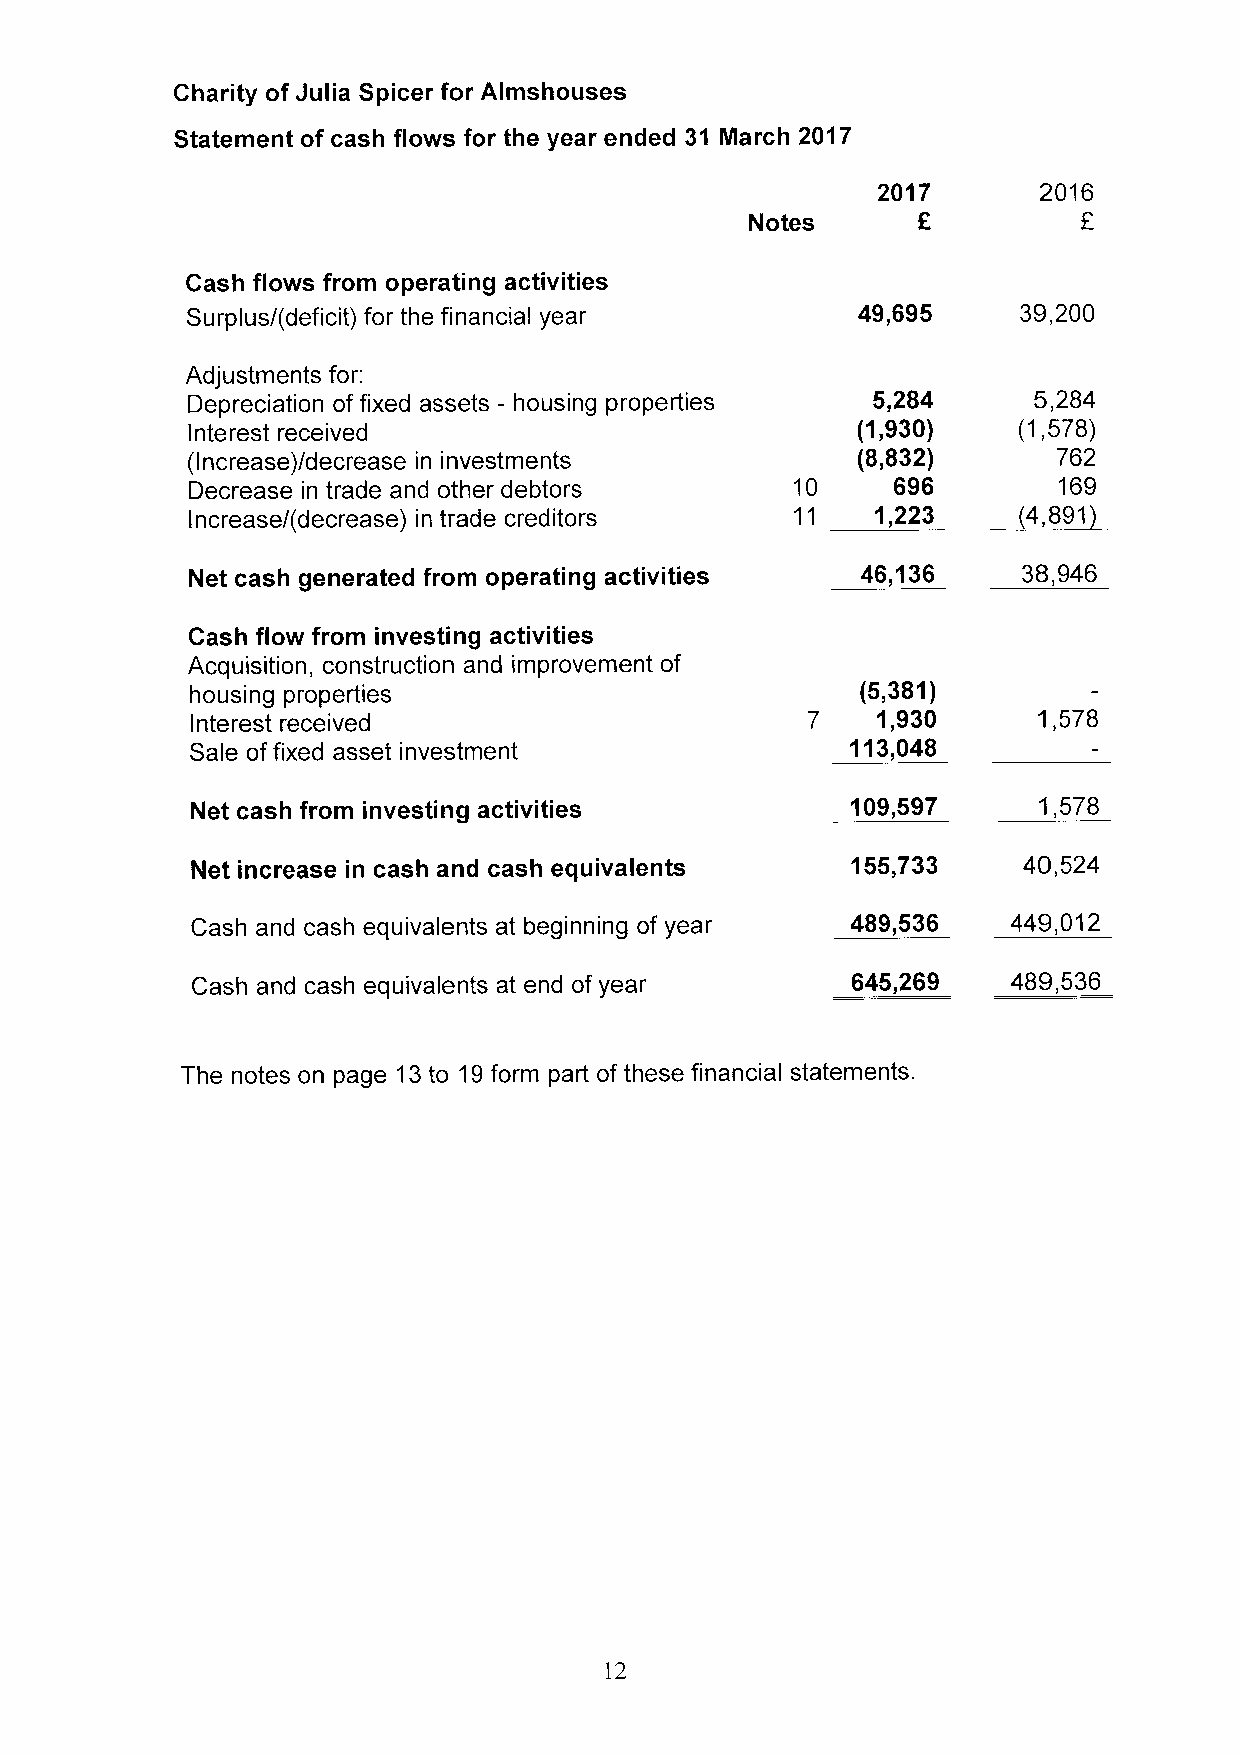
Charity of Julia Spicer for Almshouses
 Statement of cash flows for the year ended 31 March 2017
 2017       2016
 Notes                 E
 Cash flows from operating activities
 Surplus/(deficit) for the financial year     49,695     39,200
 Adjustments for:
 Depreciation of fixed assets —housing properties 5,284  5,284
 Interest received                            (1,930)   (1,578)
 (Increase)/decrease in investments           (8,832)      762
 Decrease in trade and other debtors      10    696        169
 Increase/(decrease) in trade creditors  11   1,223  ~(4,891
 Net cash generated from operating activities 46,136    38,946
 Cash flow from investing activities
 Acquisition, construction and improvement of
 housing properties
 (5,381)
 Interest received                       7    1,930      1,578
 Sale offixed asset investment              113,048
 Net cash from investing activities         109,597      1,578
 Net increase in cash and cash equivalents  155,733     40,524
 Cash and cash equivalents at beginning of year 489,536 449,012
 Cash and cash equivalents at end of year   645,269    489,536
 The notes on page 13to 19form part of these financial statements.
 12